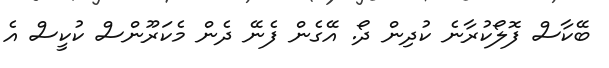
ބޭކާސް ފޮލޯކުރާނެ ކުދިން ދޯ. އޭގެން ފެނޭ ދެން މެކަރޫންސް ކުކީސް އެ